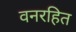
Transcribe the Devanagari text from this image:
वनरहित